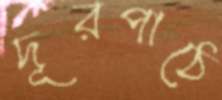
দূরপাঠে